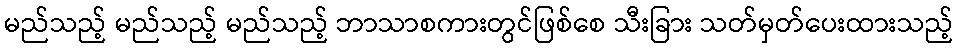
မည်သည့် မည်သည့် မည်သည့် ဘာသာစကားတွင်ဖြစ်စေ သီးခြား သတ်မှတ်ပေးထားသည့်